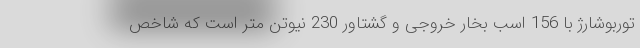
توربوشارژ با 156 اسب بخار خروجی و گشتاور 230 نیوتن متر است که شاخص